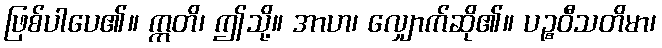
ဖြစ်ပါပေ၏။ ဣတိ၊ ဤသို့။ အာဟ၊ လျှောက်ဆို၏။ ပဉ္စဝီသတိမာ၊